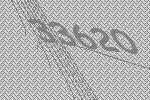
33620